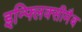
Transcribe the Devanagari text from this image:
इन्फ्लिक्सीमैब